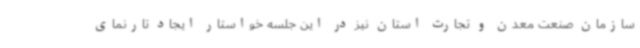
سازمان صنعت معدن و تجارت استان نیز در این جلسه خواستار ایجاد تارنمای